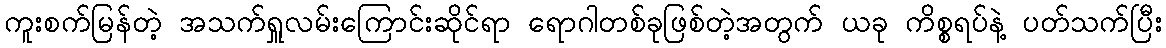
ကူးစက်မြန်တဲ့ အသက်ရှူလမ်းကြောင်းဆိုင်ရာ ရောဂါတစ်ခုဖြစ်တဲ့အတွက် ယခု ကိစ္စရပ်နဲ့ ပတ်သက်ပြီး